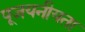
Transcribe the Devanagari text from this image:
पूजयनीयता